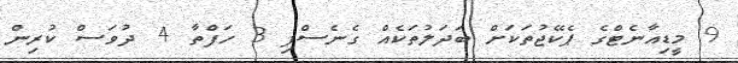
9 މީޑިއާނެޓްގެ ޕެކޭޖުތަކަށް ބަދަލުތަކެއް ގެނެސްފި 3 ހަފްތާ 4 ދުވަސް ކުރިން